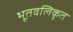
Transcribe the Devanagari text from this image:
भूतवलिकृत